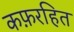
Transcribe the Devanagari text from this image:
कफ़रहित